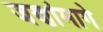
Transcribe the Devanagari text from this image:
जणांमागे